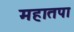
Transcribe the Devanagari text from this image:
महातपा